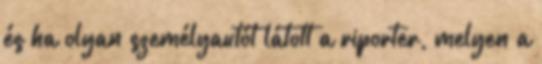
és ha olyan személyautót látott a riporter, melyen a